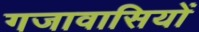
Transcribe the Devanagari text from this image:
गजावासियों